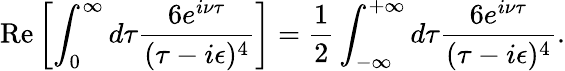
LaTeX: \textrm{Re}\left[\int_{0}^{\infty}d\tau\frac{6e^{i\nu\tau}}{(\tau-i\epsilon)^{4}}\right]=\frac{1}{2}\int_{-\infty}^{+\infty}d\tau\frac{6e^{i\nu\tau}}{(\tau-i\epsilon)^{4}}.